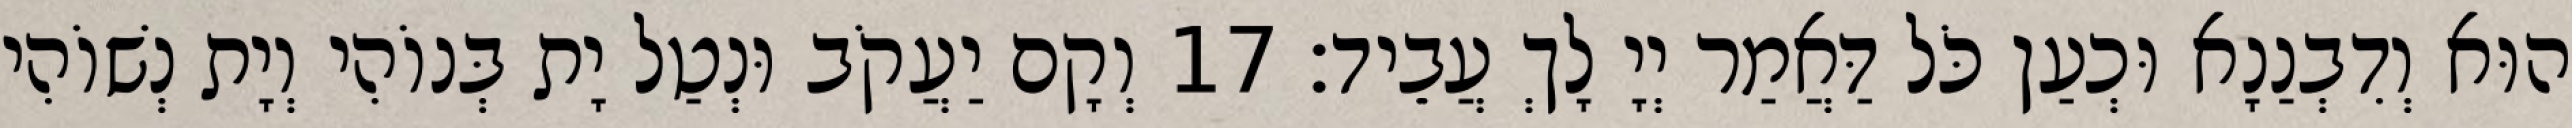
הוּא וְדִבְנַנָא וּכְעַן כֹּל דַּאֲמַר יְיָ לָךְ עֲבֵיד׃ 17 וְקָם יַעֲקֹב וּנְטַל יָת בְּנוֹהִי וְיָת נְשׁוֹהִי